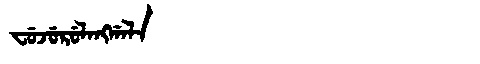
Manchu: ᠸᡠᠵᡠᡵᡠᠯᠠᠩᡤᠠᠯᠠ
Romanization: FUJURULANGGALA